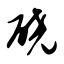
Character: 硗